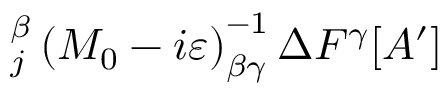
_ { j } ^ { \beta } \left( M _ { 0 } - i \varepsilon \right) _ { \beta \gamma } ^ { - 1 } \Delta F ^ { \gamma } [ A ^ { \prime } ]